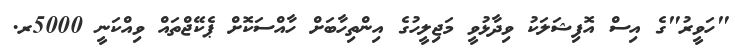
"ހަވީރު"ގެ އިސް އޮފިޝަލަކު ވިދާޅުވީ މަޖިލީހުގެ އިންތިހާބަށް ހާއްސަކޮށް ޕެކޭޖްތައް ވިއްކަނީ 5000ރ.